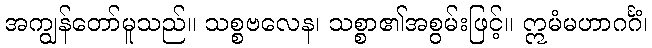
အကျွန်တော်မူသည်။ သစ္စဗလေန၊ သစ္စာ၏အစွမ်းဖြင့်။ ဣမံမဟာဂင်္ဂံ၊